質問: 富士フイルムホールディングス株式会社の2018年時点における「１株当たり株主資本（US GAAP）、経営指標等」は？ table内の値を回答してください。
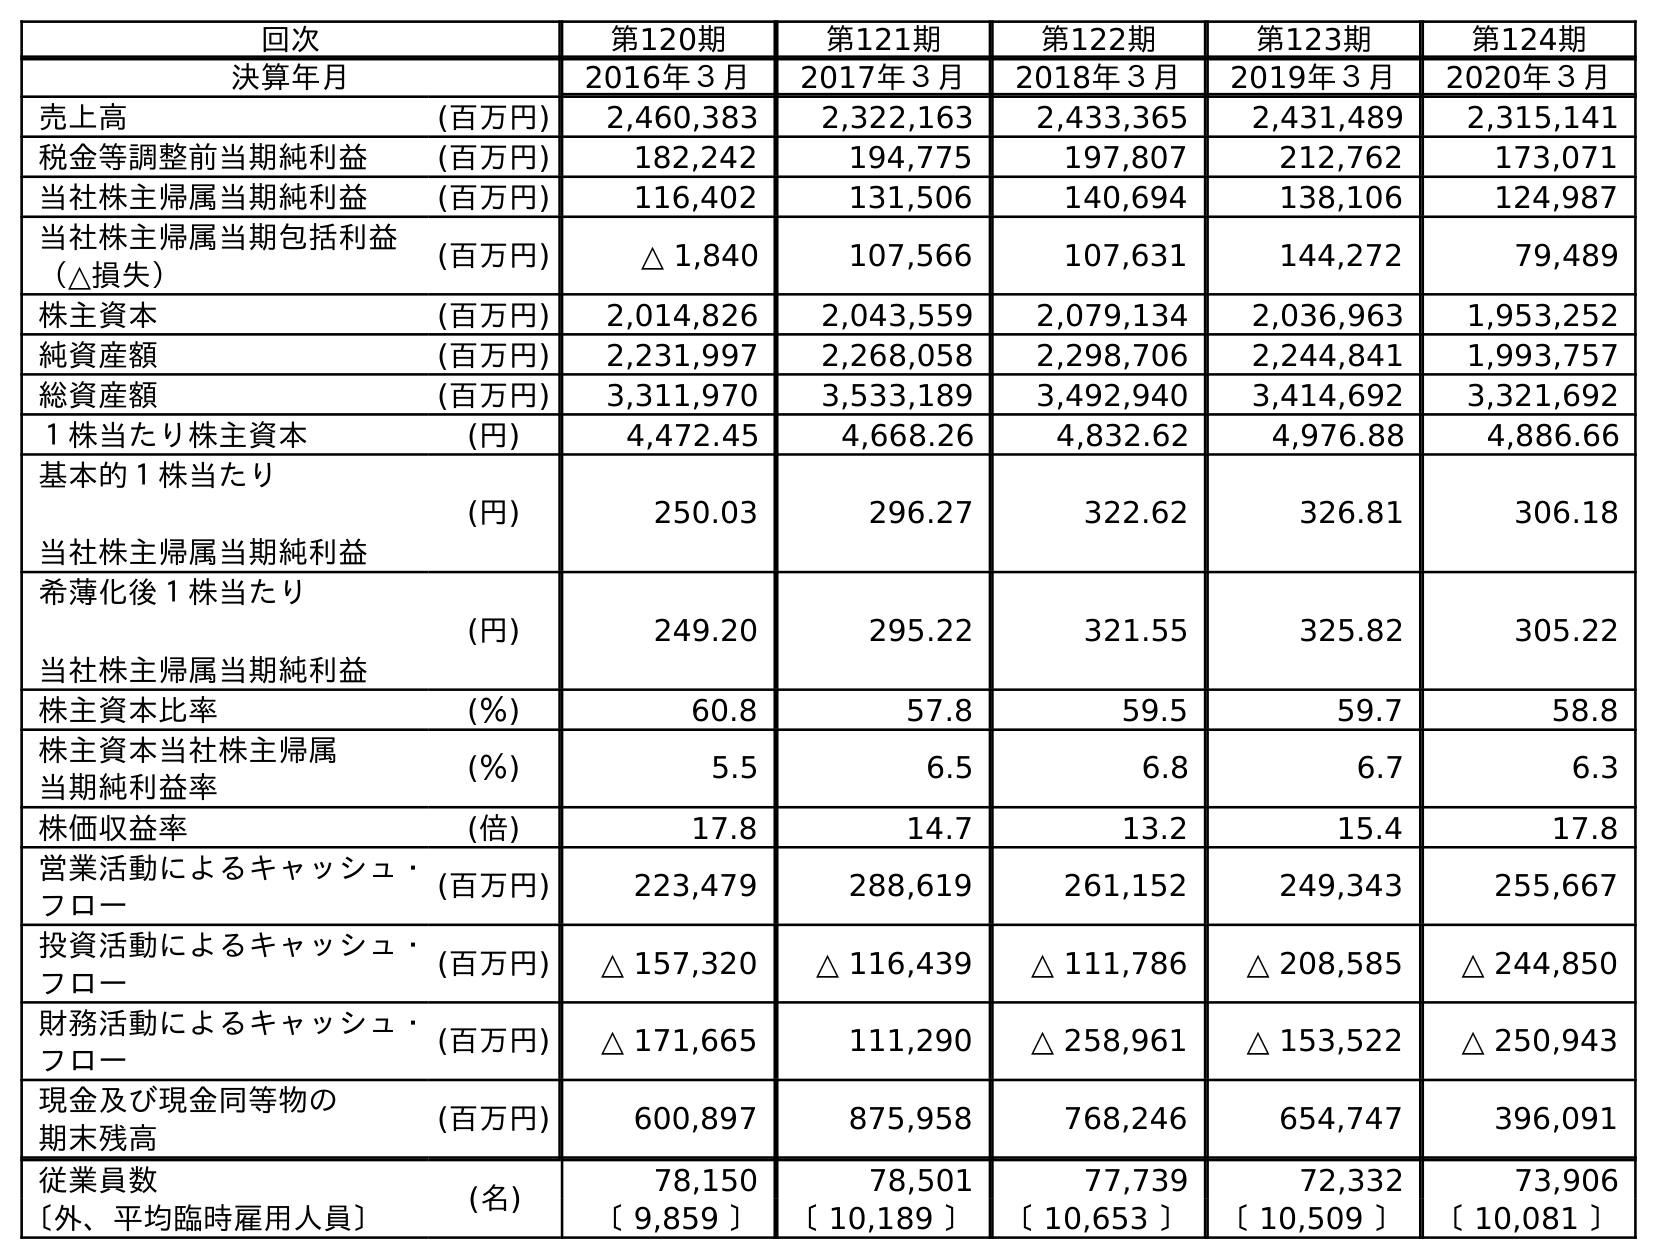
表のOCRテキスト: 回次 第120期 第121期 第122期 第123期 第124期 決算年月 2016年３月 2017年３月 2018年３月 2019年３月 2020年３月 売上高 (百万円) 2,460,383 2,322,163 2,433,365 2,431,489 2,315,141 税金等調整前当期純利益 (百万円) 182,242 194,775 197,807 212,762 173,071 当社株主帰属当期純利益 (百万円) 116,402 131,506 140,694 138,106 124,987 当社株主帰属当期包括利益 （△損失） (百万円) △ 1,840 107,566 107,631 144,272 79,489 株主資本 (百万円) 2,014,826 2,043,559 2,079,134 2,036,963 1,953,252 純資産額 (百万円) 2,231,997 2,268,058 2,298,706 2,244,841 1,993,757 総資産額 (百万円) 3,311,970 3,533,189 3,492,940 3,414,692 3,321,692 １株当たり株主資本 (円) 4,472.45 4,668.26 4,832.62 4,976.88 4,886.66 基本的１株当たり 当社株主帰属当期純利益 (円) 250.03 296.27 322.62 326.81 306.18 希薄化後１株当たり 当社株主帰属当期純利益 (円) 249.20 295.22 321.55 325.82 305.22 株主資本比率 (％) 60.8 57.8 59.5 59.7 58.8 株主資本当社株主帰属 当期純利益率 (％) 5.5 6.5 6.8 6.7 6.3 株価収益率 (倍) 17.8 14.7 13.2 15.4 17.8 営業活動によるキャッシュ・ フロー (百万円) 223,479 288,619 261,152 249,343 255,667 投資活動によるキャッシュ・ フロー (百万円) △ 157,320 △ 116,439 △ 111,786 △ 208,585 △ 244,850 財務活動によるキャッシュ・ フロー (百万円) △ 171,665 111,290 △ 258,961 △ 153,522 △ 250,943 現金及び現金同等物の 期末残高 (百万円) 600,897 875,958 768,246 654,747 396,091 従業員数 (名) 78,150 78,501 77,739 72,332 73,906 〔外、平均臨時雇用人員〕 〔 9,859 〕 〔 10,189 〕 〔 10,653 〕 〔 10,509 〕 〔 10,081 〕
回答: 4,832.62